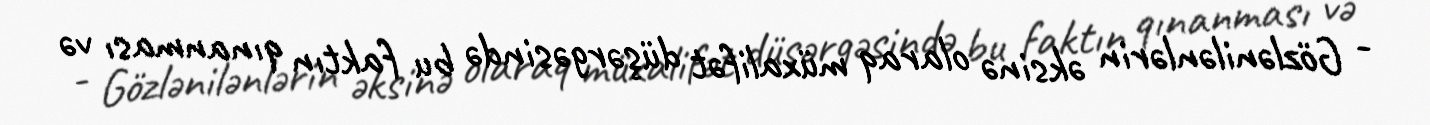
- Gözlənilənlərin əksinə olaraq müxalifət düşərgəsində bu faktın qınanması və